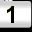
Digit: 1